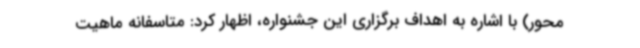
محور) با اشاره به اهداف برگزاری این جشنواره، اظهار کرد: متاسفانه ماهیت